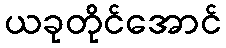
ယခုတိုင်အောင်